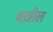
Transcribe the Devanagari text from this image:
बख़ील